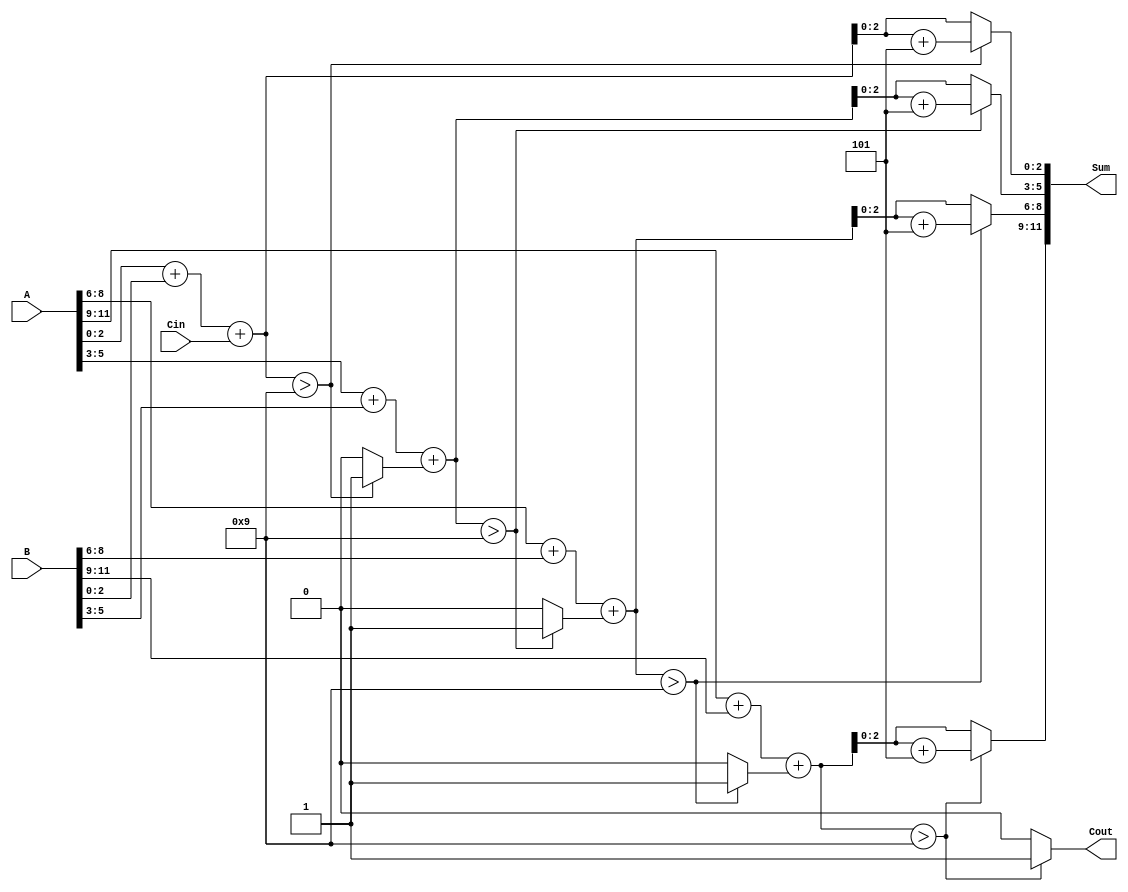
module BCD_Redundant_Binary_Adder (
    input [11:0] A,        // First BCD input (redundant binary format)
    input [11:0] B,        // Second BCD input (redundant binary format)
    input Cin,             // Carry input
    output reg [11:0] Sum, // BCD output (redundant binary format)
    output reg Cout        // Carry output
);

    integer i;
    reg [4:0] temp_sum; // Temporary sum to hold the addition result for each digit
    reg carry;          // Intermediate carry for each digit

    always @(*) begin
        carry = Cin; // Initialize carry with the input carry
        Sum = 0;     // Clear the Sum output
        Cout = 0;    // Clear the carry output

        // Digit-wise addition (assume 4 BCD digits, each represented by 3 bits plus redundancy)
        for (i = 0; i < 4; i = i + 1) begin
            // Add the corresponding BCD digits and handle carry
            temp_sum = A[(i * 3) +: 3] + B[(i * 3) +: 3] + carry;

            // Check if correction is needed (if sum exceeds 9)
            if (temp_sum > 9) begin
                temp_sum = temp_sum + 5; // Add 6 in binary (i.e., 0b110)
                carry = 1; // Set carry for the next digit
            end else begin
                carry = 0; // No carry to propagate
            end

            // Store the result in the sum output
            Sum[(i * 3) +: 3] = temp_sum[3:0]; // Assign lower 4 bits of temp_sum to Sum
        end

        // Capture final carry-out if it exists after the last addition
        Cout = carry;
    end
endmodule